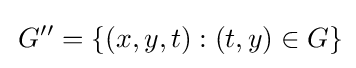
\,G''=\{(x,y,t):(t,y)\in G\}